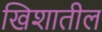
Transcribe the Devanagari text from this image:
खिशातील